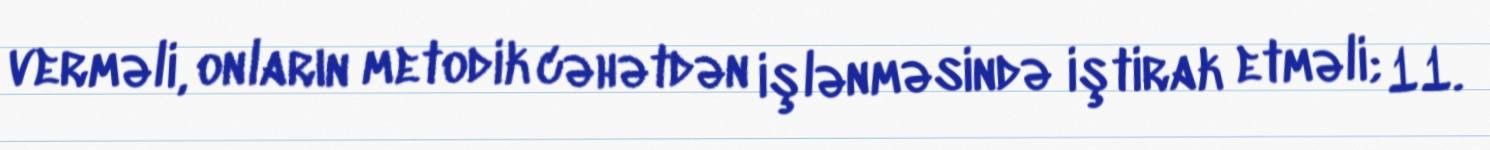
verməli, onların metodik cəhətdən işlənməsində iştirak etməli; 11.